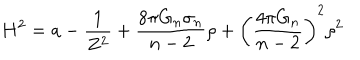
H ^ { 2 } = a - \frac { 1 } { Z ^ { 2 } } + \frac { 8 \pi G _ { n } \sigma _ { n } } { n - 2 } \rho + \left( \frac { 4 \pi G _ { n } } { n - 2 } \right) ^ { 2 } \rho ^ { 2 }